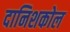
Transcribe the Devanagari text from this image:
दानिशकोल